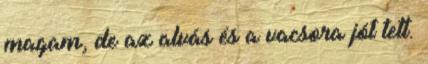
magam, de az alvás és a vacsora jót tett.